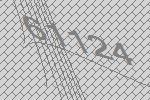
61124